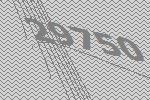
29750